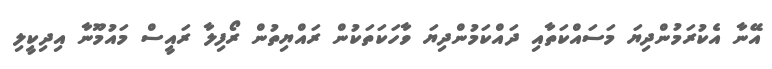
އޭނާ އެކުރަމުންދިޔަ މަސައްކަތާއި ދައްކަމުންދިޔަ ވާހަކަތަކުން ރައްޔިތުން ރޯފިލާ ރައީސް މައުމޫނާ އިދިކީލި